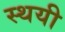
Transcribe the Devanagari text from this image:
स्‍थयी